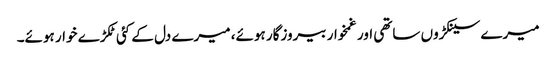
میرے سینکڑوں ساتھی اور غمخوار بیروزگار ہوئے، میرے دل کے کئی ٹکڑے خوار ہوئے۔